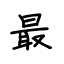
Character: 最